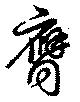
膺